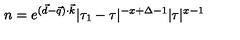
n = e ^ { ( \vec { d } - \vec { q } ) \cdot \vec { k } } | \tau _ { 1 } - \tau | ^ { - x + \Delta - 1 } | \tau | ^ { x - 1 }